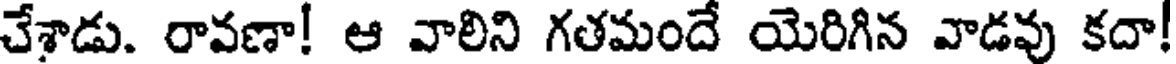
చేశాడు. రావణా! ఆ వాలిని గతమందే యెరిగిన వాడవు కదా!